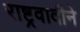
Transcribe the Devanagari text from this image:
राष्ट्रवादीने